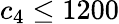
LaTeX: c_{4}\leq 1200